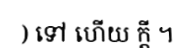
) ទៅ ហើយ ក្តី ។